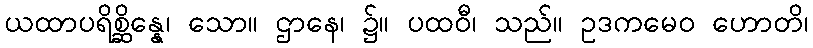
ယထာပရိစ္ဆိန္နေ၊ သော။ ဌာနေ၊ ၌။ ပထဝီ၊ သည်။ ဥဒကမေဝ ဟောတိ၊